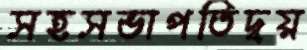
সহসভাপতিদ্বয়